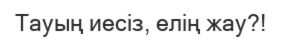
Тауың иесіз, елің жау?!